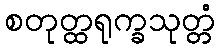
စတုတ္ထရုက္ခသုတ္တံ